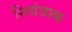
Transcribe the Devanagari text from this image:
नियंत्राक